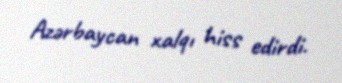
Azərbaycan xalqı hiss edirdi.